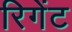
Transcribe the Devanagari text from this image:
रिगेंट